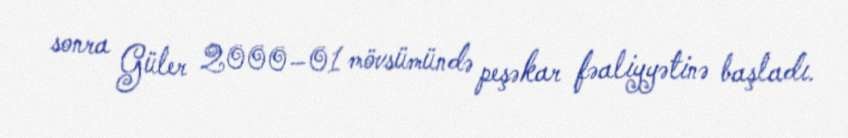
sonra Güler 2000–01 mövsümündə peşəkar fəaliyyətinə başladı.